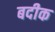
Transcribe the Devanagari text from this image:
बदीक